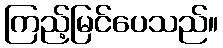
ကြည့်မြင်ပေသည်။